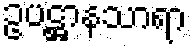
ဥပဋ္ဌာနသာရာ